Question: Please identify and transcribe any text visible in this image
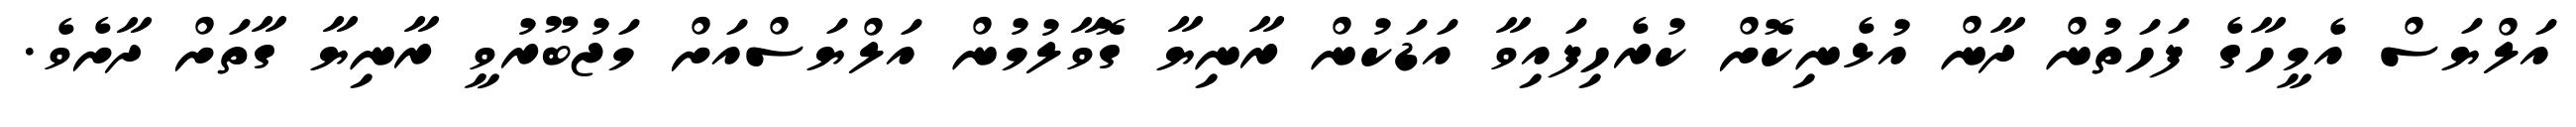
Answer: އަލްޔަސް އެމީހާގެ ފަހަތުން ދާން އުޅެނިކޮށް ކުރެހިފައިވާ އަޑަކުން ރާނިޔާ ގޮވާލުމުން އަލްޔަސްއަށް މަޖުބޫރުވީ ރާނިޔާ ގާތަށް ދާށެވެ.